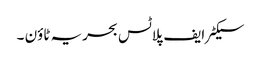
سیکٹر ایف پلاٹس بحریہ ٹاؤن ۔